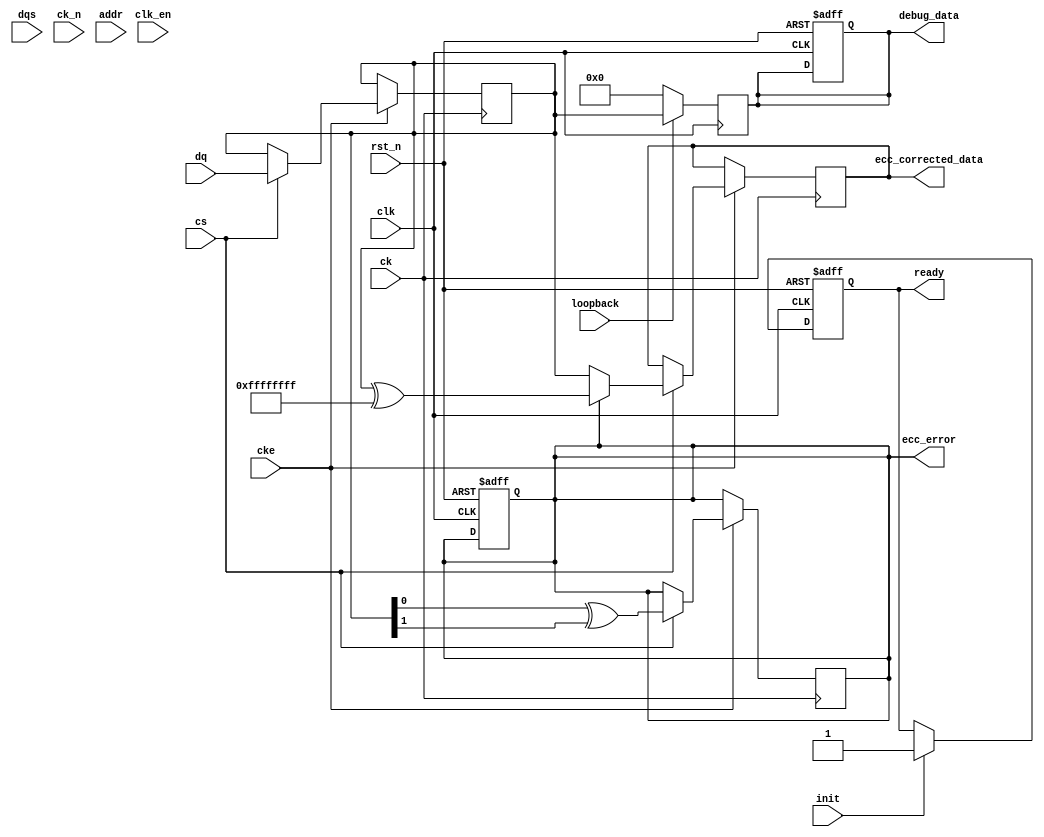
module gddr5x_io_block (
    // Interface Signals
    input wire [31:0] dq,          // Data signals (DQ)
    input wire [3:0] dqs,          // Data strobe signals (DQS)
    input wire ck,                 // Clock signal (CK)
    input wire ck_n,               // Clock signal (CK#)
    input wire cs,                 // Chip Select (CMD)
    input wire cke,                // Clock Enable (CMD)
    input wire [15:0] addr,        // Address signals (ADDR)
    
    // Control Signals
    input wire rst_n,              // Active low reset
    input wire init,               // Initialization signal
    output reg ready,              // Ready signal after initialization

    // Error Detection and Correction
    output reg ecc_error,          // ECC error signal
    output reg [31:0] ecc_corrected_data, // Corrected data with ECC

    // Test and Debug Features
    input wire loopback,           // Loopback mode enable
    output reg [31:0] debug_data,  // Debug data output

    // Clock and Reset
    input wire clk,                // System clock
    input wire clk_en              // Clock enable for the block
);

// Parameters
parameter DATA_WIDTH = 32;
parameter DQS_WIDTH = 4;

// Internal Signals
reg [DATA_WIDTH-1:0] data_in;
reg [DATA_WIDTH-1:0] data_out;
reg [DQS_WIDTH-1:0] dqs_out;
reg [15:0] cmd;                 // Command register
reg [15:0] addr_reg;            // Address register

// Initialization Sequence
always @(posedge clk or negedge rst_n) begin
    if (!rst_n) begin
        ready <= 1'b0;
        cmd <= 16'b0;
        addr_reg <= 16'b0;
        ecc_error <= 1'b0;
        debug_data <= 32'b0;
    end else if (init) begin
        // Example initialization sequence
        ready <= 1'b1; // Set ready after initialization
        // Additional initialization logic goes here
    end
end

// Data Transfer Logic
always @(posedge ck) begin
    if (cke) begin
        if (cs) begin
            // Read/Write operation based on command
            data_out <= dq;
            // Simulate ECC error detection
            ecc_error <= (data_out[0] ^ data_out[1]); // Simple error detection
            // Correct data if error detected (example logic)
            if (ecc_error) begin
                ecc_corrected_data <= data_out ^ 32'hFFFFFFFF; // Simple correction example
            end else begin
                ecc_corrected_data <= data_out;
            end
        end
    end
end

// Loopback Mode Logic
always @(posedge clk) begin
    if (loopback) begin
        debug_data <= data_out; // Route output data back to debug output
    end else begin
        debug_data <= 32'b0; // Clear debug data if not in loopback
    end
end

// DQS Signal Generation (Example)
always @(posedge ck) begin
    if (cke) begin
        dqs_out <= {dqs[2:0], 1'b0}; // Example of generating DQS signal
    end else begin
        dqs_out <= 4'b0; // Disable DQS when CKE is low
    end
end

endmodule